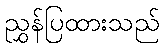
ညွှန်ပြထားသည်